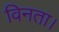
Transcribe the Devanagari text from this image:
विनता।